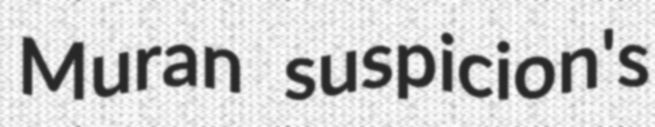
Muran suspicion's